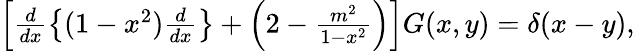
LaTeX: \begin{array}{r}{\left[\frac{d}{dx}\left\lbrace(1-x^{2})\frac{d}{dx}\right\rbrace+\left(2-\frac{m^{2}}{1-x^{2}}\right)\right]G(x,y)=\delta(x-y),}\end{array}